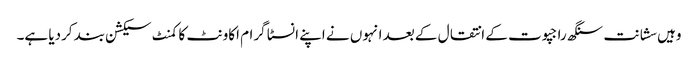
وہیں سشانت سنگھ راجپوت کے انتقال کے بعد انہوں نے اپنے انسٹا گرام اکاونٹ کا کمنٹ سیکشن بند کردیا ہے۔